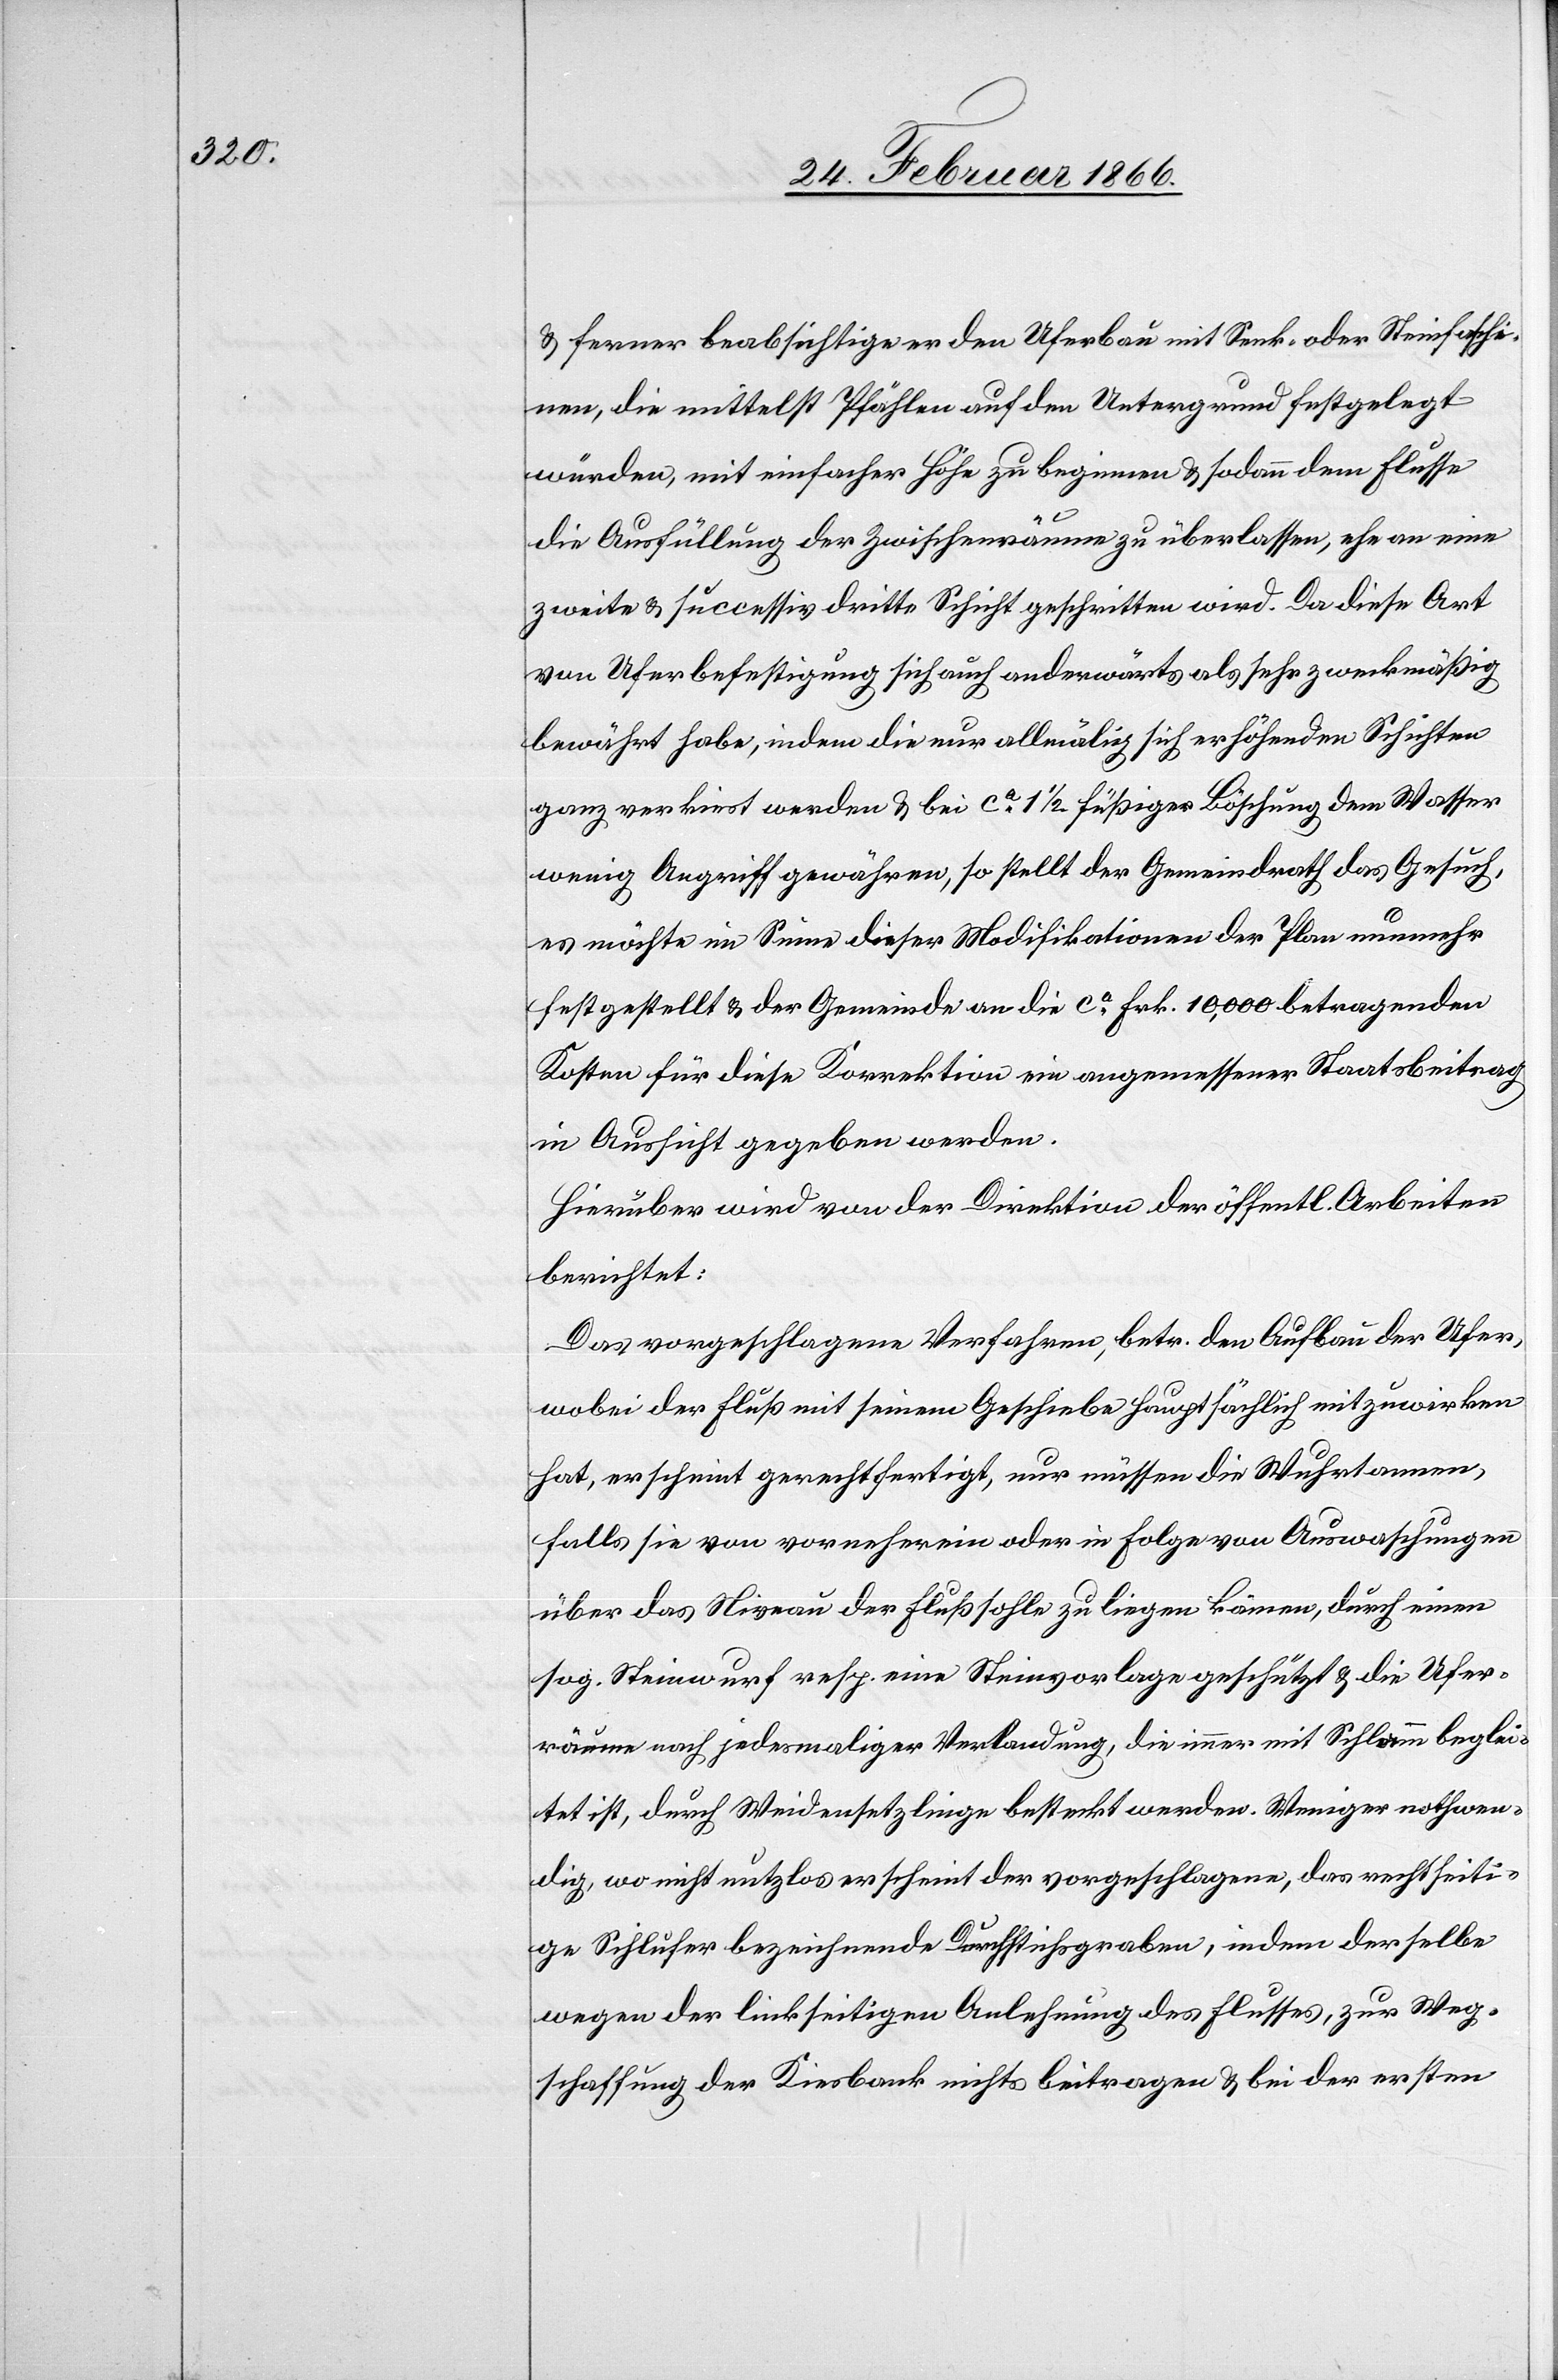
u. ferner beabsichtige er den Uferbau mit Senk- oder Steinfaschi¬
nen, die mittelst Pfählen auf den Untergrund festgelegt
würden, mit einfacher Höhe zu beginnen u. sodann dem Flusse
die Ausfüllung der Zwischenräume zu überlassen, ehe an eine
zweite u. successiv dritte Schicht geschritten wird. Da diese Art
von Uferbefestigung sich auch anderwärts als sehr zweckmäßig
bewährt habe, indem die nur allmälich sich erhöhenden Schichten
ganz verkiest werden u. bei ca. 1 ½ füßiger Böschung dem Wasser
wenig Angriff gewähren, so stellt der Gemeindrath das Gesuch,
es möchte im Sinne dieser Modifikationen der Plan nunmehr
festgestellt u. der Gemeinde an die ca. Frk. 10 000 betragenden
Kosten für diese Korrektion ein angemessener Staatsbeitrag
in Aussicht gegeben werden.
Hierüber wird von der Direktion der öffentl. Arbeiten
berichtet:
Das vorgeschlagene Verfahren, betr. den Aufbau der Ufer,
wobei der Fluß mit seinem Geschiebe hauptsächlich mitzuwirken
hat, erscheint gerechtfertigt, nur müssen die Wuhrtannen,
falls sie von vornherein oder in Folge von Auswaschungen
über das Niveau der Flußsohle zu liegen kämen, durch einen
sog. Steinwurf resp. eine Steinvorlage geschützt u. die Ufer¬
räume nach jedesmaliger Verlandung, die immer mit Schlamm beglei¬
tet ist, durch Weidensetzlinge besteckt werden. Weniger nothwen¬
dig, wo nicht nutzlos erscheint der vorgeschlagene, das rechtseiti¬
ge Sihlufer bezeichnende Durchstichsgraben, indem derselbe
wegen der linkseitigen Anlehnung des Flusses, zur Weg¬
schaffung der Kiesbank nichts beitragen u. bei der ersten